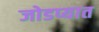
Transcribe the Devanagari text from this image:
जोडप्यात